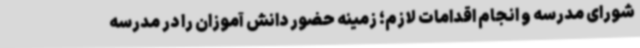
شورای مدرسه و انجام اقدامات لازم؛ زمینه حضور دانش آموزان را در مدرسه